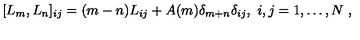
[ L _ { m } , L _ { n } ] _ { i j } = ( m - n ) L _ { i j } + A ( m ) \delta _ { m + n } \delta _ { i j } , \ i , j = 1 , \dots , N \ ,